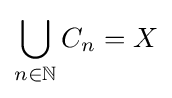
\bigcup _{n\in \mathbb {N} }C_{n}=X